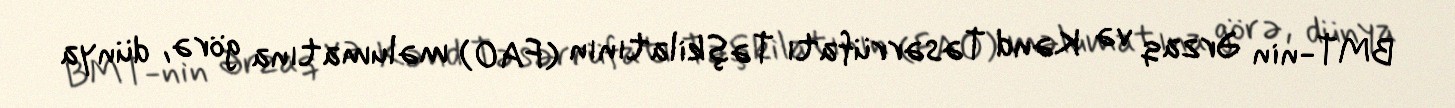
BMT-nin Ərzaq və Kənd Təsərrüfatı Təşkilatının (FAO) məlumatına görə, dünya